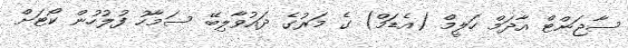
ސާޖަންޓް އާދަމް ހަލީމް (އެޑަމް) ގެ މަރުގެ ދައުވާލިބޭ ސަމާހު ފުލުހުން ކޯޓަށް